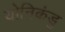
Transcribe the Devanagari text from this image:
योनिकंडु